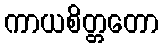
ကာယစိတ္တတော